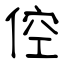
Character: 倥